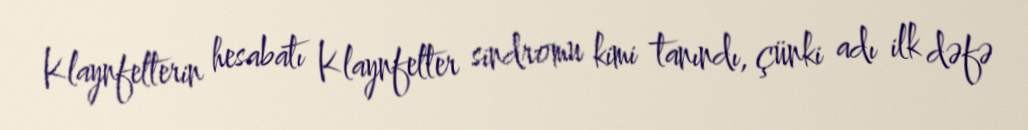
Klaynfelterin hesabatı Klaynfelter sindromu kimi tanındı, çünki adı ilk dəfə